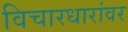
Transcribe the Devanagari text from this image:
विचारधारांवर